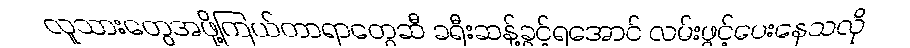
လူသားတွေအဖို့ကြယ်တာရာတွေဆီ ခရီးဆန့်ခွင့်ရအောင် လမ်းဖွင့်ပေးနေသလို